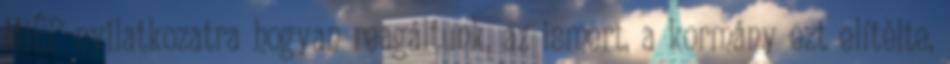
MIÉP-nyilatkozatra hogyan reagáltunk, az ismert, a kormány ezt elítélte,